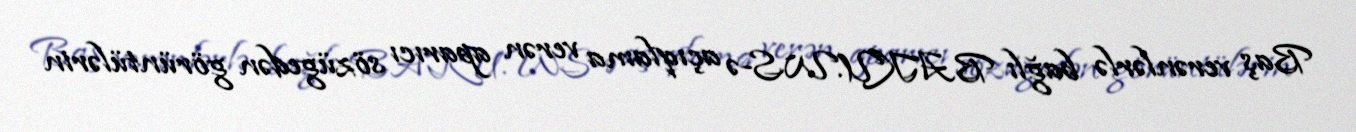
Baş verənlərlə bağlı BAKU.WS-ə açıqlama verən aparıcı sözügedən görüntülərin